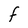
Character: F